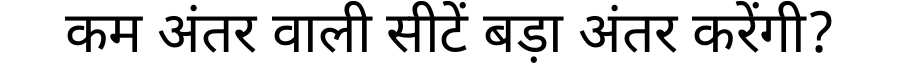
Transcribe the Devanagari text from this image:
कम अंतर वाली सीटें बड़ा अंतर करेंगी?